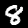
Label: 8